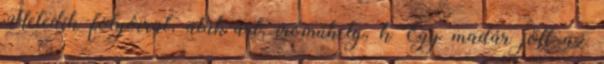
Hetedik folyóirat, alak-art, íróműhely, k Egy madár jött az